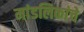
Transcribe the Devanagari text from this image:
मांडलिकांचे